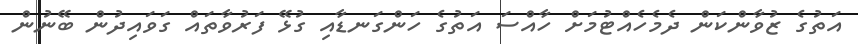
އަތުގެ ޒުވާންކަން ދެމެހެއްޓުމަށް ހާއްސަ އަތުގެ ހަންގަނޑާއި ގުޅޭ ފަރުވާތައް ގަވައިދުން ބޭނުން